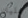
عليك